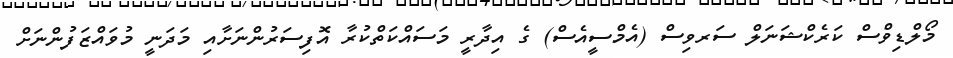
މޯލްޑިވްސް ކަރެކްޝަނަލް ސަރވިސް (އެމްސީއެސް) ގެ އިދާރީ މަސައްކަތްކުރާ އޮފިސަރުންނަށާއި މަދަނީ މުވައްޒަފުންނަށް